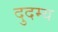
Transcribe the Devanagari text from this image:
दुदम्य